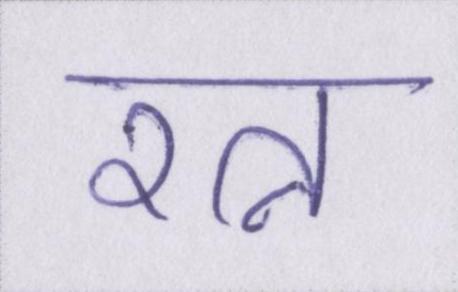
रत्न